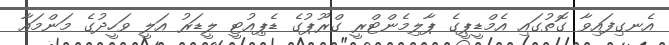
އެނގިފައިވާ ގޮތުގައި އެމްޑީޕީގެ ޕާލިމެންޓްރީ ގްރޫޕުގެ ޑެޕިއުޓީ ލީޑަރު އަލީ ވަހީދުގެ މަންމައާ